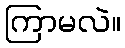
ကြာမလဲ။